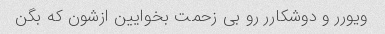
ویورر و دوشکارر رو بی زحمت بخوایین ازشون که بگن